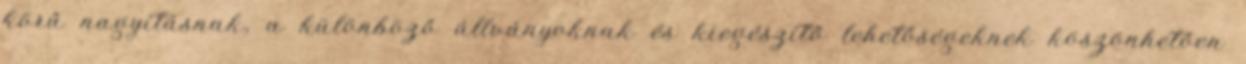
körű nagyításnak, a különböző állványoknak és kiegészítő lehetőségeknek köszönhetően